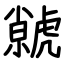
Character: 虩